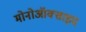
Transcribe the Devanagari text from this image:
मोनोऑक्साइद